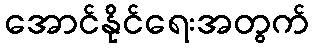
အောင်နိုင်ရေးအတွက်